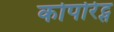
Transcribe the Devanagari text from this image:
कोर्पोरेट्स